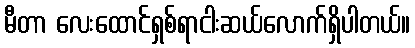
မီတာ လေးထောင်ရှစ်ရာငါးဆယ်လောက်ရှိပါတယ်။